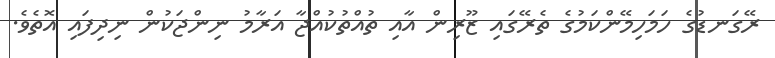
ރޭގަނޑުގެ ހަމަހިމޭންކަމުގެ ތެރޭގައި ޒޫރިން އާއި ތުއްތުކުއްޖާ އަރާމު ނިންޖަކުން ނިދިފައި އޮތެވެ.